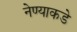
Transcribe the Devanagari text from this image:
नेण्याकडे